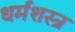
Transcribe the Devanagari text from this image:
धर्मशस्त्र